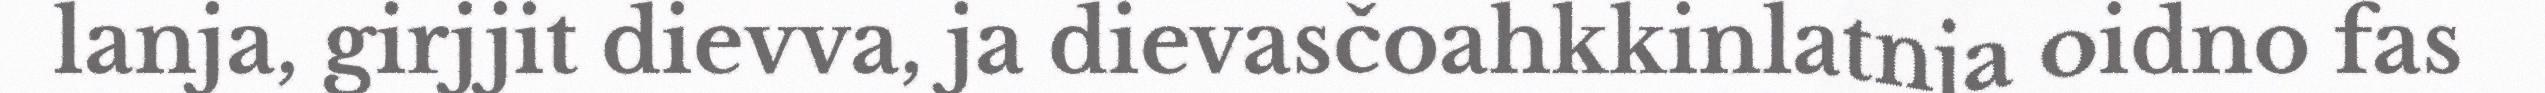
lanja, girjjit dievva, ja dievasčoahkkinlatnja oidno fas